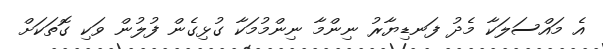
އެ މައްސަލަކާ މެދު ފަނޑިޔާރު ނިންމާ ނިންމުމަކާ ގުޅިގެން ފުލުން ވަކި ގޮތަކަށް